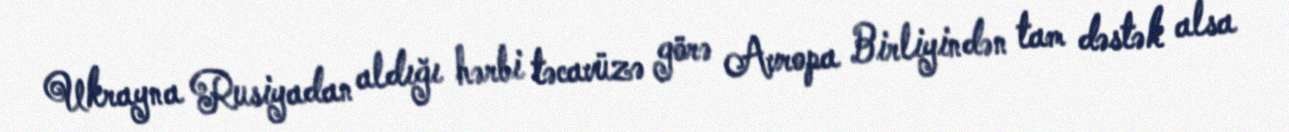
Ukrayna Rusiyadan aldığı hərbi təcavüzə görə Avropa Birliyindən tam dəstək alsa